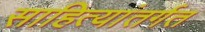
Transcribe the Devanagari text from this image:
साहित्यांतर्गत